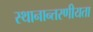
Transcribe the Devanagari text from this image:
स्थानान्तरणीयता